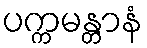
ပက္ကမန္တာနံ